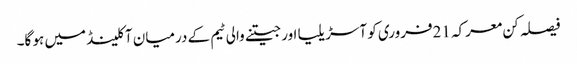
فیصلہ کن معرکہ 21فروری کو آسڑیلیا اور جیتنے والی ٹیم کے درمیان آکلینڈ میں ہو گا۔